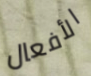
الأفعال